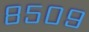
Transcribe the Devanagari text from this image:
८५०९